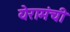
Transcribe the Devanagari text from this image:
येरामंची